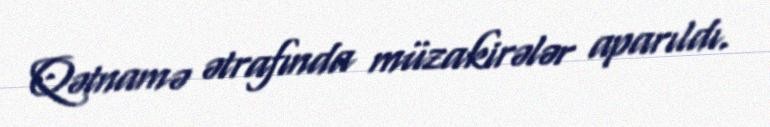
Qətnamə ətrafında müzakirələr aparıldı.